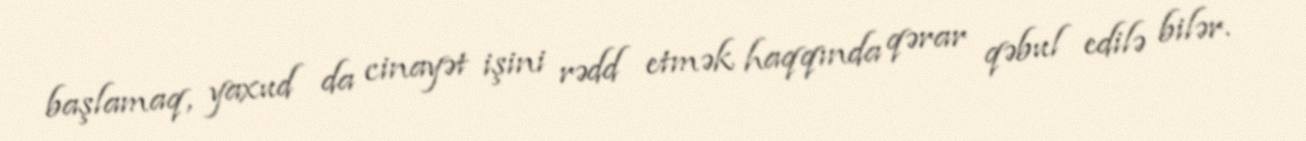
başlamaq, yaxud da cinayət işini rədd etmək haqqında qərar qəbul edilə bilər.